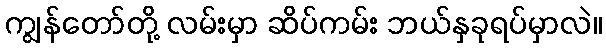
ကျွန်တော်တို့ လမ်းမှာ ဆိပ်ကမ်း ဘယ်နှခုရပ်မှာလဲ။